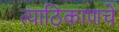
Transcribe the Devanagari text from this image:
त्याठिकाणचे